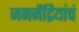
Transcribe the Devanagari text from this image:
जननेंद्रियांचं